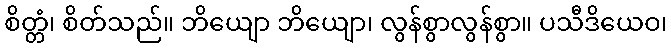
စိတ္တံ၊ စိတ်သည်။ ဘိယျော ဘိယျော၊ လွန်စွာလွန်စွာ။ ပသီဒိယေဝ၊